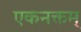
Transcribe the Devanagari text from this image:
एकनक्तम्